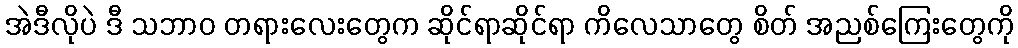
အဲဒီလိုပဲ ဒီ သဘာဝ တရားလေးတွေက ဆိုင်ရာဆိုင်ရာ ကိလေသာတွေ စိတ် အညစ်ကြေးတွေကို